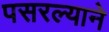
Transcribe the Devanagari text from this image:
पसरल्याने